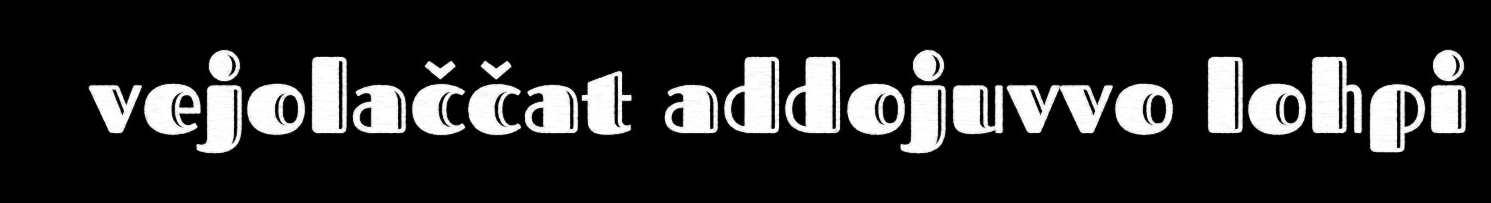
vejolaččat addojuvvo lohpi